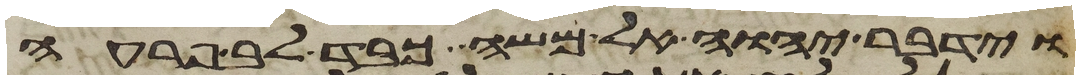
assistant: וידבר יהוה אל משה כבד לב פרעה